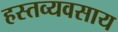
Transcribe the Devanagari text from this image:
हस्तव्यवसाय